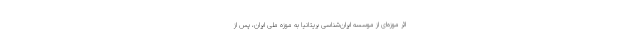
اثر موزه‌ای از موسسه ایران‌شناسی بریتانیا به موزه ملی ایران، پس از